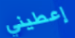
إعطيني